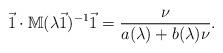
LaTeX: \begin{align*}\vec{1}\cdot \mathbb{M}(\lambda \vec{1})^{-1} \vec{1}=\frac{\nu}{a(\lambda)+b(\lambda) \nu}.\end{align*}